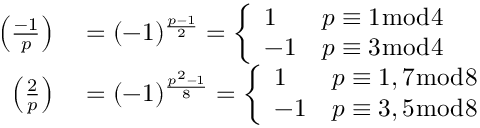
\begin{array} { r l } { \left( { \frac { - 1 } { p } } \right) } & { { } = ( - 1 ) ^ { \frac { p - 1 } { 2 } } = { \left\{ \begin{array} { l l } { 1 } & { p \equiv 1 { \bmod { 4 } } } \\ { - 1 } & { p \equiv 3 { \bmod { 4 } } } \end{array} \right. } } \\ { \left( { \frac { 2 } { p } } \right) } & { { } = ( - 1 ) ^ { \frac { p ^ { 2 } - 1 } { 8 } } = { \left\{ \begin{array} { l l } { 1 } & { p \equiv 1 , 7 { \bmod { 8 } } } \\ { - 1 } & { p \equiv 3 , 5 { \bmod { 8 } } } \end{array} \right. } } \end{array}